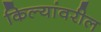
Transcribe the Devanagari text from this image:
किल्यांवरील